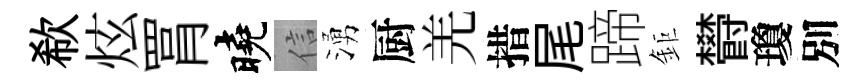
欷炫罥曉信湧厨羌措尾蹄鉅欎瓊別